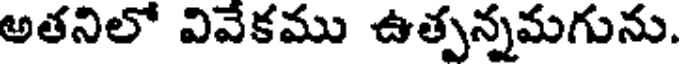
అతనిలో వివేకము ఉత్పన్నమగును.